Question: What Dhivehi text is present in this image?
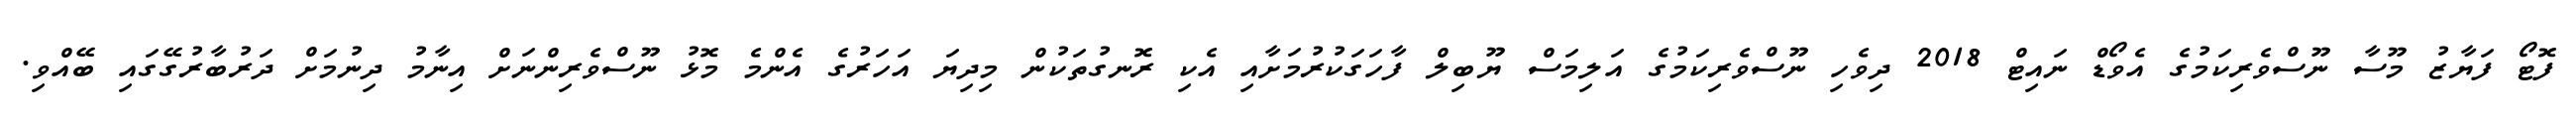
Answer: ފޮޓޯ ފަޔާޒު މޫސާ ނޫސްވެރިކަމުގެ އެވޯޑް ނައިޓް 2018 ދިވެހި ނޫސްވެރިކަމުގެ އަލިމަސް ޔޫބިލް ފާހަގަކުރުމަށާއި އެކި ރޮނގުތަކުން މިދިޔަ އަހަރުގެ އެންމެ މޮޅު ނޫސްވެރިންނަށް އިނާމު ދިނުމަށް ދަރުބާރުގޭގައި ބޭއްވި.